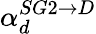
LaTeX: \alpha_{d}^{SG2\rightarrow D}